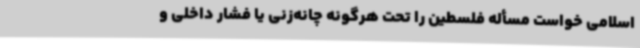
اسلامی خواست مسأله فلسطین را تحت هرگونه چانه‌زنی یا فشار داخلی و